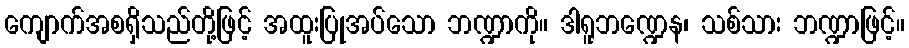
ကျောက်အစရှိသည်တို့ဖြင့် အထူးပြုအပ်သော ဘဏ္ဍာကို။ ဒါရူဘဏ္ဍေန၊ သစ်သား ဘဏ္ဍာဖြင့်။